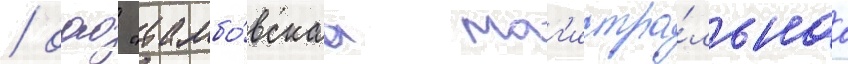
/ оао "тамбо́вскаа маг'истра́льнаа